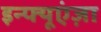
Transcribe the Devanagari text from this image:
इन्फ्यूएंज़ा